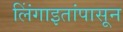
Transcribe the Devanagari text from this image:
लिंंगाइतांपासून